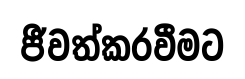
ජීවත්කරවීමට